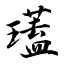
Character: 瓂